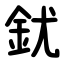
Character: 䤞